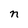
Character: n